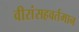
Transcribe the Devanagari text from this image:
वीरांसहवर्तमान